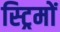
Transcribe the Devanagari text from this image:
स्ट्रिमों